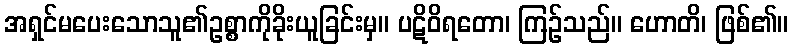
အရှင်မပေးသောသူ၏ဥစ္စာကိုခိုးယူခြင်းမှ။ ပဋိဝိရတော၊ ကြဉ်သည်။ ဟောတိ၊ ဖြစ်၏။